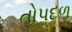
તોપદળ